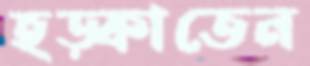
হড়্‌কাতেন